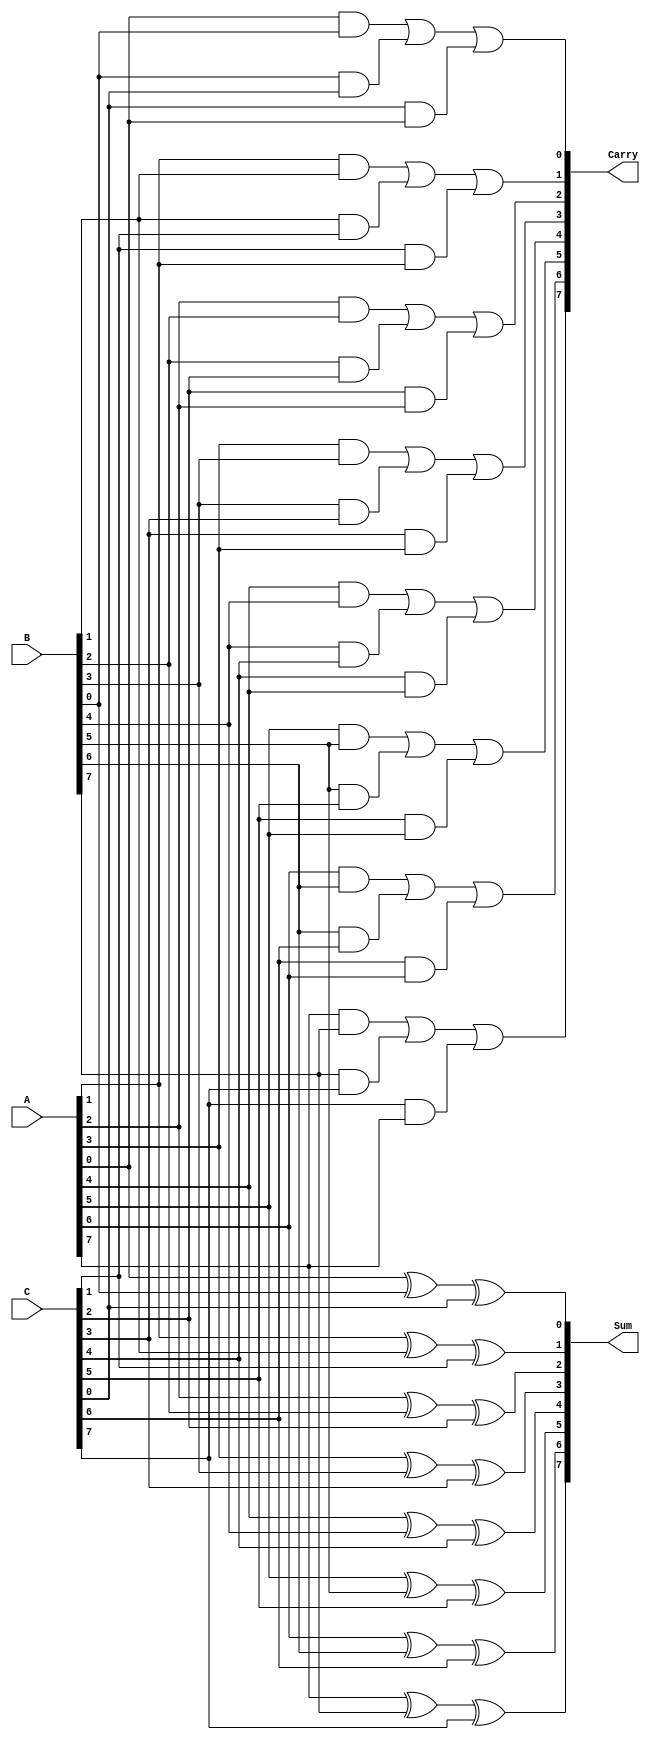
module CarrySaveAdder #(parameter n = 8) (
    input wire [n-1:0] A,   // First operand
    input wire [n-1:0] B,   // Second operand
    input wire [n-1:0] C,   // Third operand
    output wire [n-1:0] Sum, // Output sum
    output wire [n-1:0] Carry // Output carry
);
    // Generate the sum and carry outputs for each bit
    genvar i;
    generate
        for (i = 0; i < n; i = i + 1) begin : CSA_logic
            assign Sum[i] = A[i] ^ B[i] ^ C[i]; // XOR for sum
            assign Carry[i] = (A[i] & B[i]) | (B[i] & C[i]) | (C[i] & A[i]); // Carry generation
        end
    endgenerate
endmodule